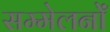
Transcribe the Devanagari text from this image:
सम्मेलनोँ